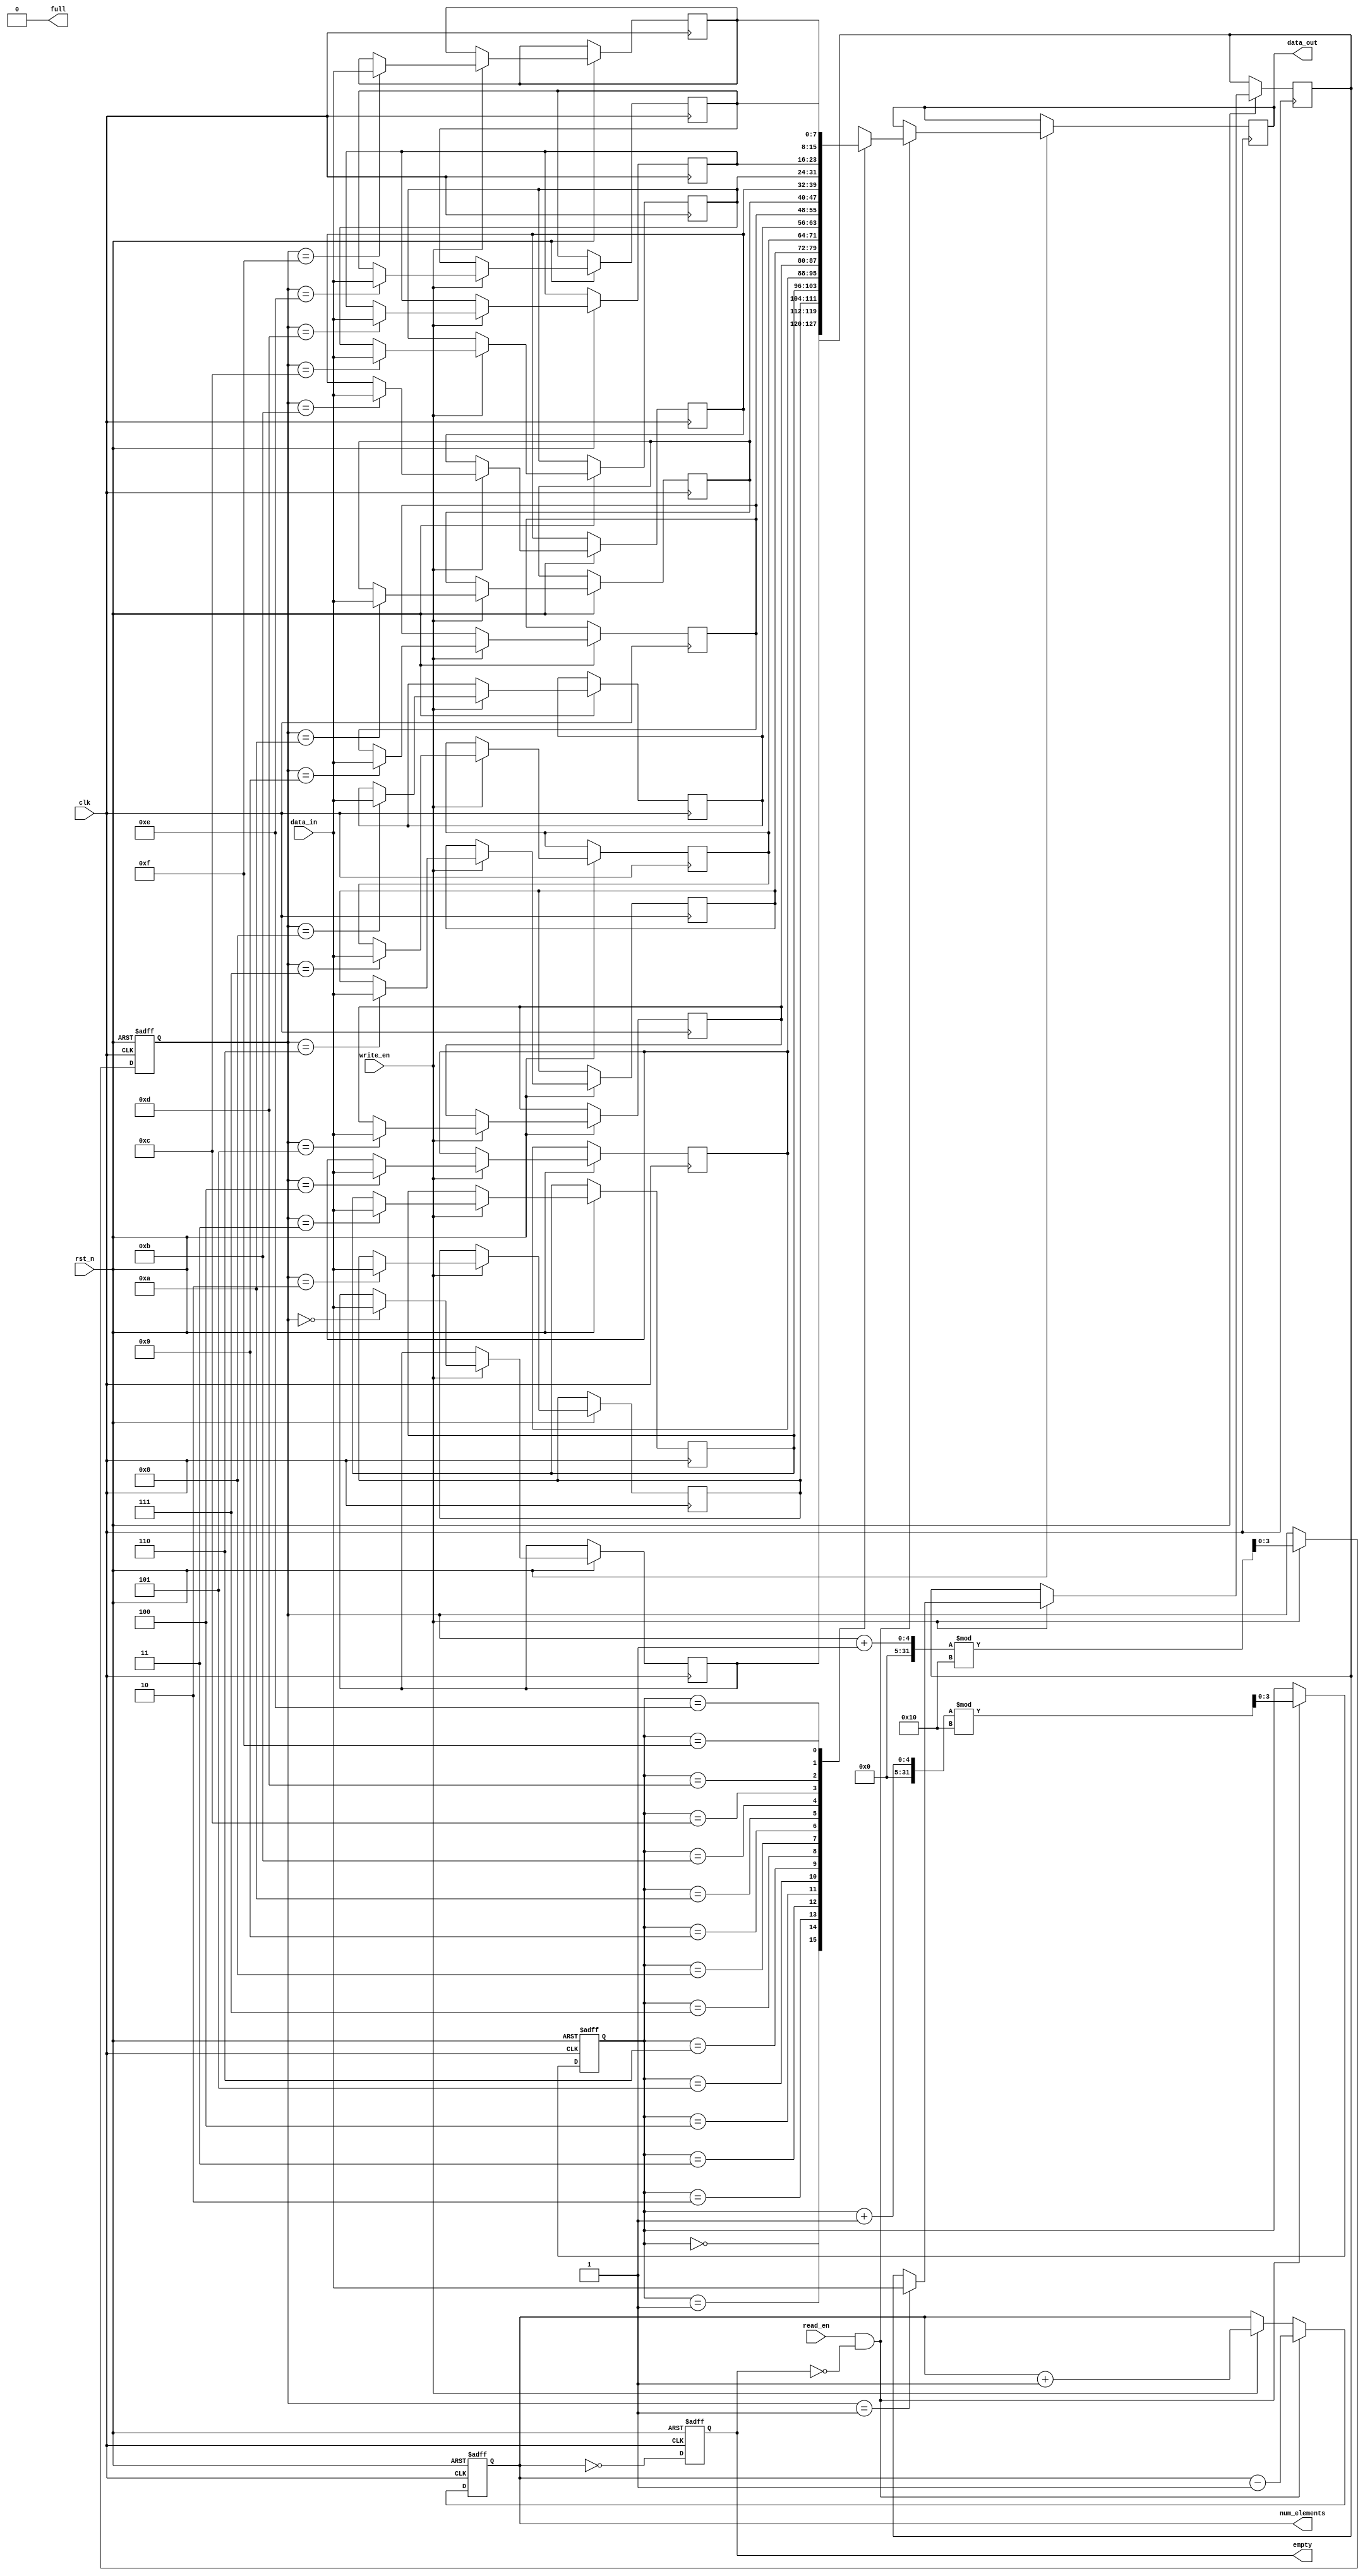
module parameterized_fifo #(
    parameter DATA_WIDTH = 8,        // Width of each data element
    parameter FIFO_DEPTH = 16         // Number of entries in the FIFO
) (
    input wire clk,                   // Clock signal
    input wire rst_n,                 // Active low reset
    input wire write_en,              // Write enable
    input wire read_en,               // Read enable
    input wire [DATA_WIDTH-1:0] data_in, // Input data
    output reg [DATA_WIDTH-1:0] data_out, // Output data
    output reg full,                  // FIFO full flag
    output reg empty,                 // FIFO empty flag
    output reg [ADDR_WIDTH-1:0] num_elements // Current number of elements
);

localparam ADDR_WIDTH = $clog2(FIFO_DEPTH); // Address width calculation

// Internal memory array
reg [DATA_WIDTH-1:0] fifo_mem [0:FIFO_DEPTH-1];

// Pointers for read and write operations
reg [ADDR_WIDTH-1:0] write_ptr;
reg [ADDR_WIDTH-1:0] read_ptr;

// FIFO state initialization
initial begin
    write_ptr = 0;
    read_ptr = 0;
    full = 0;
    empty = 1;
    num_elements = 0;
end

// FIFO operation on clock edge
always @(posedge clk or negedge rst_n) begin
    if (!rst_n) begin
        // Reset state
        write_ptr <= 0;
        read_ptr <= 0;
        full <= 0;
        empty <= 1;
        num_elements <= 0;
    end else begin
        // Write operation
        if (write_en && !full) begin
            fifo_mem[write_ptr] <= data_in; // Write data to FIFO
            write_ptr <= (write_ptr + 1) % FIFO_DEPTH; // Increment write pointer circularly
            num_elements <= num_elements + 1; // Increment element count
        end
        
        // Read operation
        if (read_en && !empty) begin
            data_out <= fifo_mem[read_ptr]; // Read data from FIFO
            read_ptr <= (read_ptr + 1) % FIFO_DEPTH; // Increment read pointer circularly
            num_elements <= num_elements - 1; // Decrement element count
        end
        
        // Update full and empty flags
        full <= (num_elements == FIFO_DEPTH);
        empty <= (num_elements == 0);
    end
end

endmodule